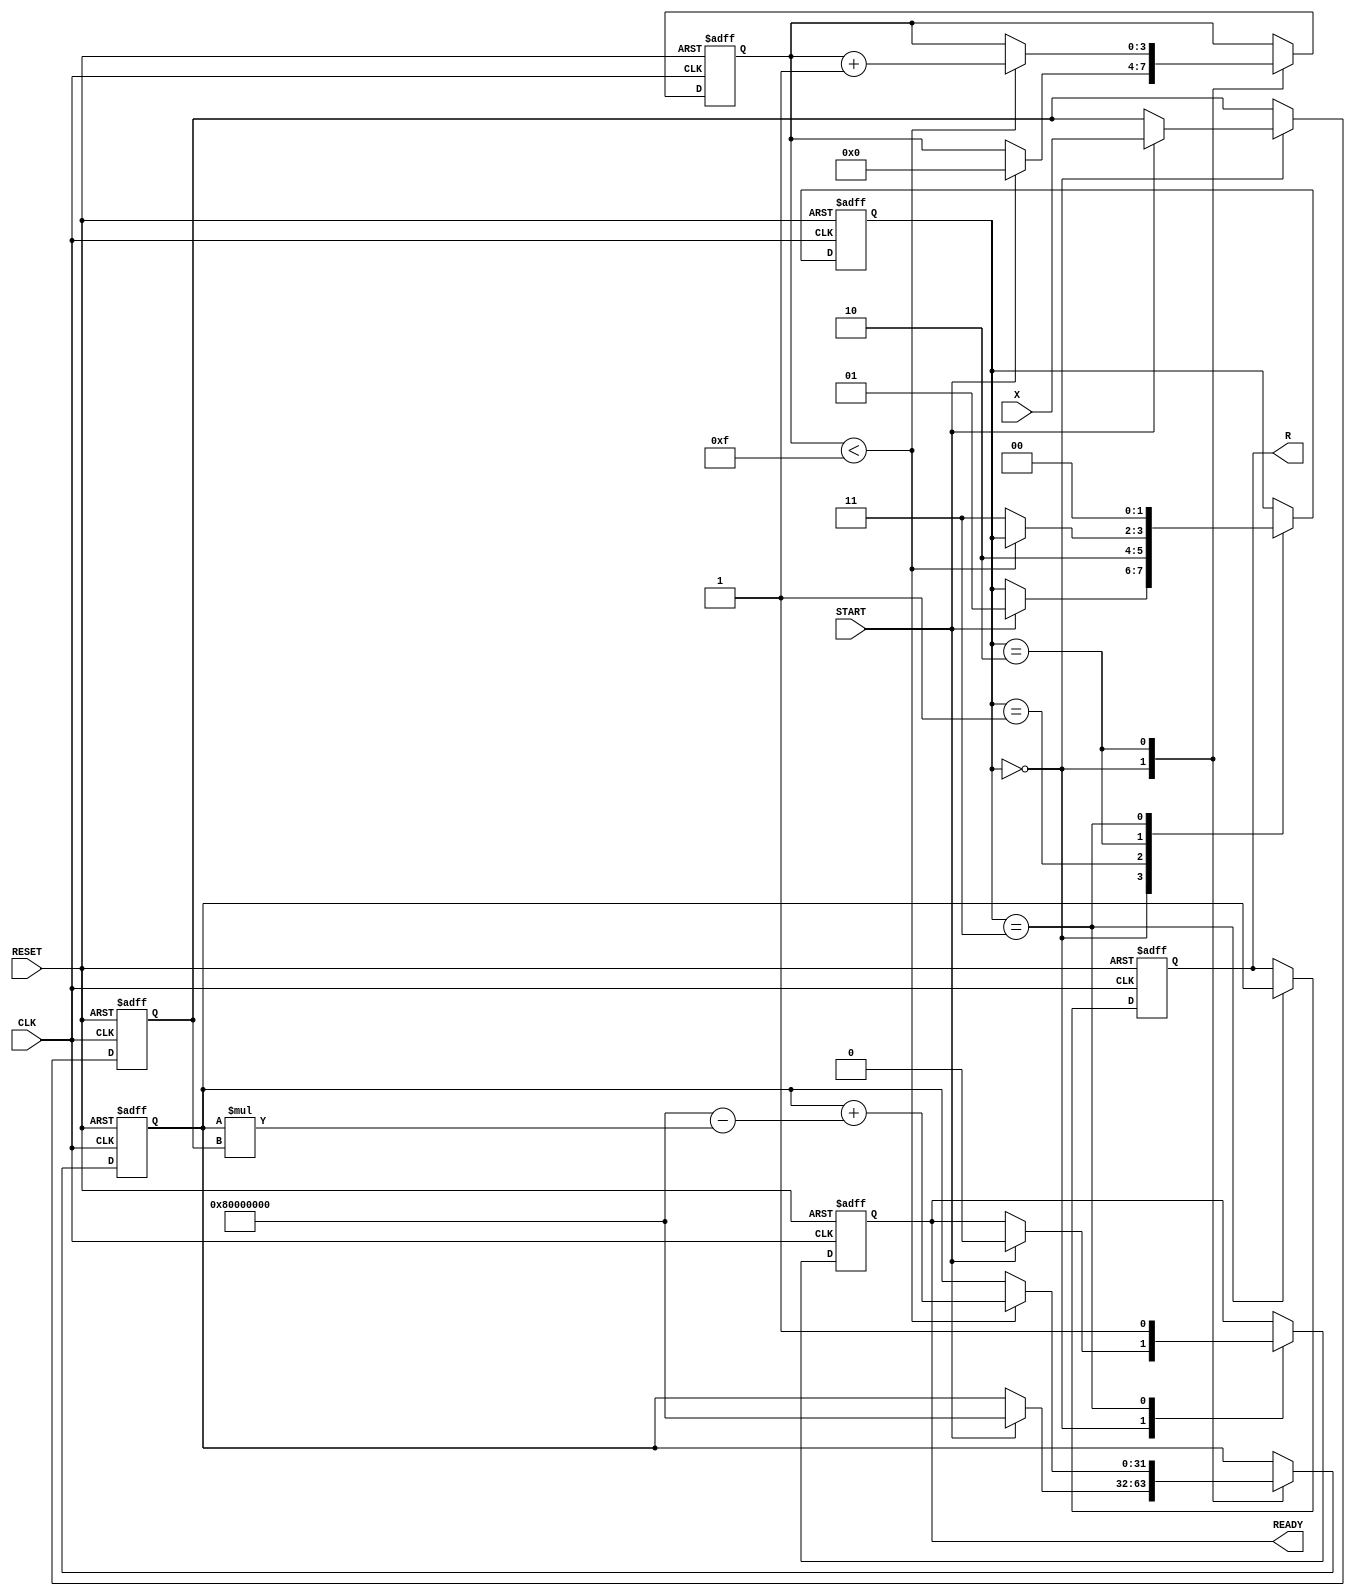
module NewtonRaphsonReciprocal (
    input wire [31:0] X,          // Input data (fixed-point representation)
    input wire START,             // Start signal
    input wire CLK,               // Clock signal
    input wire RESET,             // Asynchronous reset
    output reg [31:0] R,          // Reciprocal result (fixed-point representation)
    output reg READY              // Ready signal
);

    // Internal registers
    reg [31:0] X_reg;             // Register to hold input value
    reg [31:0] R_reg;             // Register to hold current approximation of reciprocal
    reg [3:0] iteration_count;    // Counter for iterations
    reg [1:0] state;              // State variable for FSM

    // State encoding
    localparam IDLE = 2'b00;
    localparam INIT = 2'b01;
    localparam ITERATE = 2'b10;
    localparam DONE = 2'b11;

    // Multiplier and adder/subtractor
    wire [63:0] product;          // Product of R_reg and X_reg
    wire [31:0] new_R;            // New approximation of reciprocal

    // Multiplier instantiation
    assign product = R_reg * X_reg; // 32-bit * 32-bit = 64-bit product

    // Newton-Raphson update formula: R_new = R_old * (2 - X * R_old)
    assign new_R = R_reg + (32'h80000000 - product[31:0]); // 2^31 = 0x80000000

    // State machine for control logic
    always @(posedge CLK or posedge RESET) begin
        if (RESET) begin
            // Reset all registers and state
            X_reg <= 32'b0;
            R_reg <= 32'h80000000; // Initial guess (1.0 in fixed-point)
            iteration_count <= 4'b0;
            state <= IDLE;
            READY <= 1'b0;
            R <= 32'b0;
        end else begin
            case (state)
                IDLE: begin
                    if (START) begin
                        X_reg <= X; // Load input value
                        R_reg <= 32'h80000000; // Initial guess
                        iteration_count <= 4'b0;
                        state <= INIT;
                        READY <= 1'b0;
                    end
                end

                INIT: begin
                    // Move to iteration state
                    state <= ITERATE;
                end

                ITERATE: begin
                    if (iteration_count < 4'b1111) begin // Limit to 16 iterations
                        R_reg <= new_R; // Update R_reg
                        iteration_count <= iteration_count + 1;
                    end else begin
                        state <= DONE; // Move to done state after iterations
                    end
                end

                DONE: begin
                    R <= R_reg; // Output the final result
                    READY <= 1'b1; // Indicate that the result is ready
                    state <= IDLE; // Go back to idle state
                end
            endcase
        end
    end

endmodule